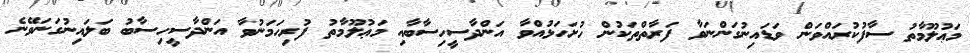
މަޢުލޫމާތު ސާފުކުރައްވަން ވަޑައިނުގަންނަވާ ފަރާތްތަކުން ހުށަހަޅުއްވާ އަންދާސީހިސާބާއި މަޢުލޫމާތު ފުރިހަމަނުވާ އަންދާސީހިސާބު ބަލައިނުގަނަވޭނެ